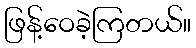
ဖြန့်ဝေခဲ့ကြတယ်။